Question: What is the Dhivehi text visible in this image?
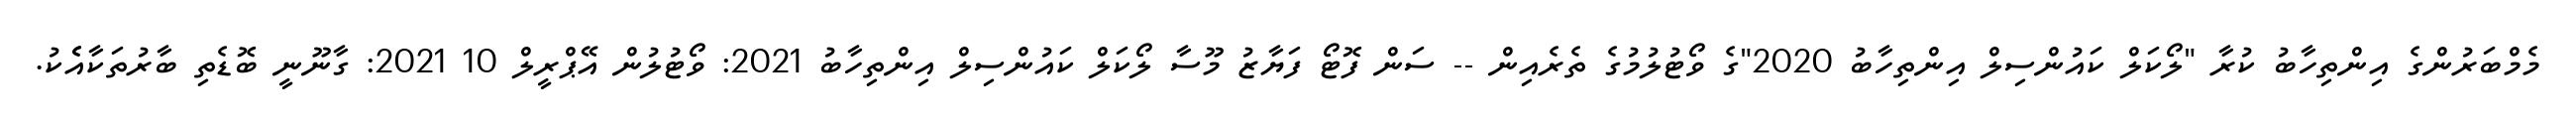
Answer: މެމްބަރުންގެ އިންތިހާބު ކުރާ "ލޯކަލް ކައުންސިލް އިންތިހާބު 2020"ގެ ވޯޓުލުމުގެ ތެރެއިން -- ސަން ފޮޓޯ ފަޔާޒު މޫސާ ލޯކަލް ކައުންސިލް އިންތިހާބު 2021: ވޯޓުލުން އޭޕްރީލް 10 2021: ގާނޫނީ ބޮޑެތި ބާރުތަކާއެެކު.